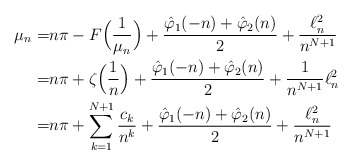
\begin{align*}\mu_n = & n\pi -F\Big(\frac{1}{\mu_n}\Big)+\frac{\hat\varphi_1(-n)+\hat\varphi_2(n)}{2} +\frac{\ell^2_n}{n^{N+1}}\\=& n\pi + \zeta\Big(\frac{1}{n}\Big)+\frac{\hat\varphi_1(-n)+\hat\varphi_2(n)}{2} +\frac{1}{n^{N+1}}\ell^2_n\\=& n\pi + \sum_{k=1}^{N+1}\frac{c_k}{n^k}+\frac{\hat\varphi_1(-n)+\hat\varphi_2(n)}{2} +\frac{\ell^2_n}{n^{N+1}}\end{align*}